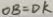
O B = D K